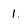
Character: 1